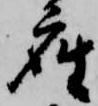
座